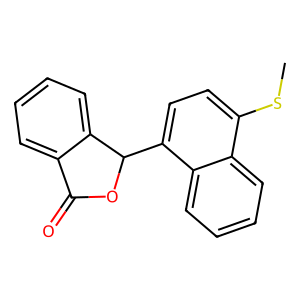
SMILES: CSc1ccc(C2OC(=O)c3ccccc32)c2ccccc12
Inhibits HIV replication: No